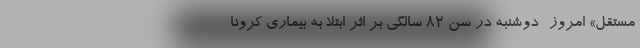
مستقل» امروز- دوشنبه در سن ۸۲ سالگی بر اثر ابتلا به بیماری کرونا